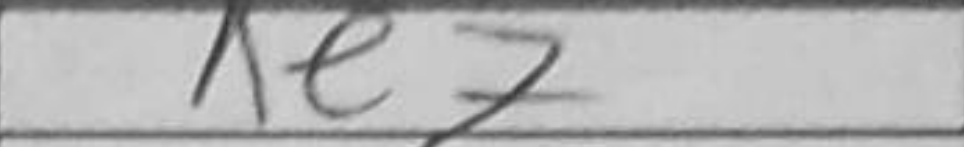
Transcription: Ke7